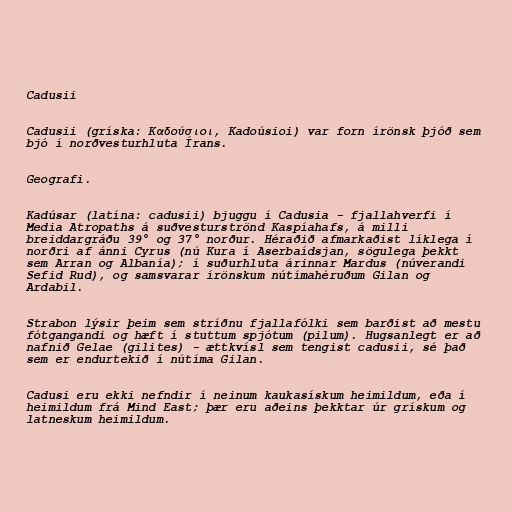
Cadusii

Cadusii (gríska: Καδούσιοι, Kadoúsioi) var forn írönsk þjóð sem
bjó í norðvesturhluta Írans.

Geografi.

Kadúsar (latína: cadusii) bjuggu í Cadusia - fjallahverfi í
Media Atropaths á suðvesturströnd Kaspíahafs, á milli
breiddargráðu 39° og 37° norður. Héraðið afmarkaðist líklega í
norðri af ánni Cyrus (nú Kura í Aserbaídsjan, sögulega þekkt
sem Arran og Albanía); í suðurhluta árinnar Mardus (núverandi
Sefid Rud), og samsvarar írönskum nútímahéruðum Gilan og
Ardabil.

Strabon lýsir þeim sem stríðnu fjallafólki sem barðist að mestu
fótgangandi og hæft í stuttum spjótum (pilum). Hugsanlegt er að
nafnið Gelae (gilites) - ættkvísl sem tengist cadusii, sé það
sem er endurtekið í nútíma Gilan.

Cadusi eru ekki nefndir í neinum kaukasískum heimildum, eða í
heimildum frá Mind East; þær eru aðeins þekktar úr grískum og
latneskum heimildum.